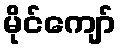
မိုင်ကျော်